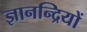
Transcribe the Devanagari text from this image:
ज्ञानन्द्रियों